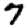
Digit: 7